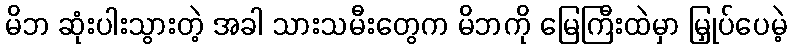
မိဘ ဆုံးပါးသွားတဲ့ အခါ သားသမီးတွေက မိဘကို မြေကြီးထဲမှာ မြှုပ်ပေမဲ့